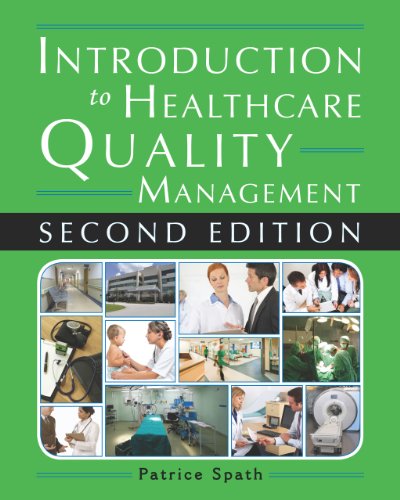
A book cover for Introduction to Healthcare Quality Management, Second Edition; Patrice L. Spath; Medical Books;